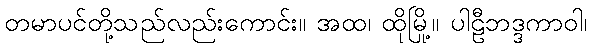
တမာပင်တို့သည်လည်းကောင်း။ အထ၊ ထိုမြို့။ ပါဠီဘဒ္ဒကာဝါ၊